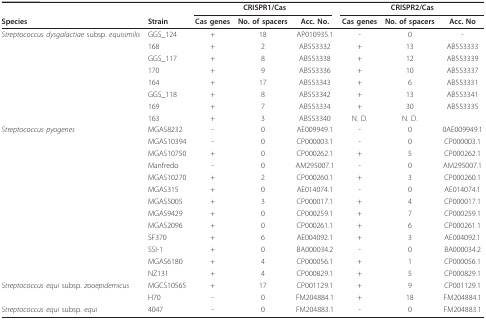
<table><thead><tr><td></td><td></td><td colspan="3"><b>CRISPR1/Cas</b></td><td colspan="3"><b>CRISPR2/Cas</b></td></tr><tr><td><b>Species</b></td><td><b>Strain</b></td><td><b>Cas genes</b></td><td><b>No. of spacers</b></td><td><b>Acc. No.</b></td><td><b>Cas genes</b></td><td><b>No. of spacers</b></td><td><b>Acc. No</b></td></tr></thead><tbody><tr><td><i>Streptococcus dysgalactiae </i>subsp. <i>equisimilis</i></td><td>GGS_124</td><td>+</td><td>18</td><td>AP010935.1</td><td>-</td><td>0</td><td>-</td></tr><tr><td></td><td>168</td><td>+</td><td>2</td><td>AB553332</td><td>+</td><td>13</td><td>AB553333</td></tr><tr><td></td><td>GGS_117</td><td>+</td><td>8</td><td>AB553338</td><td>+</td><td>12</td><td>AB553339</td></tr><tr><td></td><td>170</td><td>+</td><td>9</td><td>AB553336</td><td>+</td><td>10</td><td>AB553337</td></tr><tr><td></td><td>164</td><td>+</td><td>17</td><td>AB553343</td><td>+</td><td>6</td><td>AB553331</td></tr><tr><td></td><td>GGS_118</td><td>+</td><td>8</td><td>AB553342</td><td>+</td><td>13</td><td>AB553341</td></tr><tr><td></td><td>169</td><td>+</td><td>7</td><td>AB553334</td><td>+</td><td>30</td><td>AB553335</td></tr><tr><td></td><td>163</td><td>+</td><td>3</td><td>AB553340</td><td>N. D.</td><td>N. D.</td><td></td></tr><tr><td><i>Streptococcus pyogenes</i></td><td>MGAS8232</td><td>-</td><td>0</td><td>AE009949.1</td><td>-</td><td>0</td><td>0AE009949.1</td></tr><tr><td></td><td>MGAS10394</td><td>-</td><td>0</td><td>CP000003.1</td><td>-</td><td>0</td><td>CP000003.1</td></tr><tr><td></td><td>MGAS10750</td><td>+</td><td>0</td><td>CP000262.1</td><td>+</td><td>5</td><td>CP000262.1</td></tr><tr><td></td><td>Manfredo</td><td>-</td><td>0</td><td>AM295007.1</td><td>-</td><td>0</td><td>AM295007.1</td></tr><tr><td></td><td>MGAS10270</td><td>+</td><td>2</td><td>CP000260.1</td><td>+</td><td>3</td><td>CP000260.1</td></tr><tr><td></td><td>MGAS315</td><td>+</td><td>0</td><td>AE014074.1</td><td>-</td><td>0</td><td>AE014074.1</td></tr><tr><td></td><td>MGAS5005</td><td>+</td><td>3</td><td>CP000017.1</td><td>+</td><td>4</td><td>CP000017.1</td></tr><tr><td></td><td>MGAS9429</td><td>+</td><td>0</td><td>CP000259.1</td><td>+</td><td>7</td><td>CP000259.1</td></tr><tr><td></td><td>MGAS2096</td><td>+</td><td>0</td><td>CP000261.1</td><td>+</td><td>6</td><td>CP000261.1</td></tr><tr><td></td><td>SF370</td><td>+</td><td>6</td><td>AE004092.1</td><td>+</td><td>3</td><td>AE004092.1</td></tr><tr><td></td><td>SSI-1</td><td>+</td><td>0</td><td>BA000034.2</td><td>-</td><td>0</td><td>BA000034.2</td></tr><tr><td></td><td>MGAS6180</td><td>+</td><td>4</td><td>CP000056.1</td><td>+</td><td>1</td><td>CP000056.1</td></tr><tr><td></td><td>NZ131</td><td>+</td><td>4</td><td>CP000829.1</td><td>+</td><td>5</td><td>CP000829.1</td></tr><tr><td><i>Streptococcus equi </i>subsp. <i>zooepidemicus</i></td><td>MGCS10565</td><td>+</td><td>17</td><td>CP001129.1</td><td>+</td><td>9</td><td>CP001129.1</td></tr><tr><td></td><td>H70</td><td>-</td><td>0</td><td>FM204884.1</td><td>+</td><td>18</td><td>FM204884.1</td></tr><tr><td><i>Streptococcus equi </i>subsp. <i>equi</i></td><td>4047</td><td>-</td><td>0</td><td>FM204883.1</td><td>-</td><td>0</td><td>FM204883.1</td></tr></tbody></table>